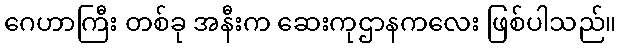
ဂေဟာကြီး တစ်ခု အနီးက ဆေးကုဌာနကလေး ဖြစ်ပါသည်။